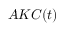
A K C ( t )